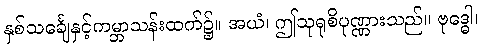
နှစ်သင်္ချေနှင့်ကမ္ဘာသန်းထက်၌။ အယံ၊ ဤသုရုစိပုဏ္ဏားသည်။ ဗုဒ္ဓေါ၊